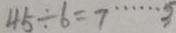
4 5 \div 6 = 7 \cdots 5